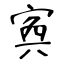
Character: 寏